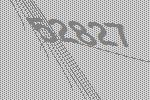
52827